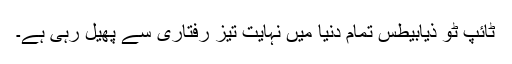
ٹائپ ٹو ذیابیطس تمام دنیا میں نہایت تیز رفتاری سے پھیل رہی ہے۔